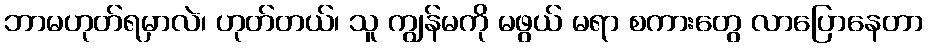
ဘာမဟုတ်ရမှာလဲ၊ ဟုတ်တယ်၊ သူ ကျွန်မကို မဖွယ် မရာ စကားတွေ လာပြောနေတာ